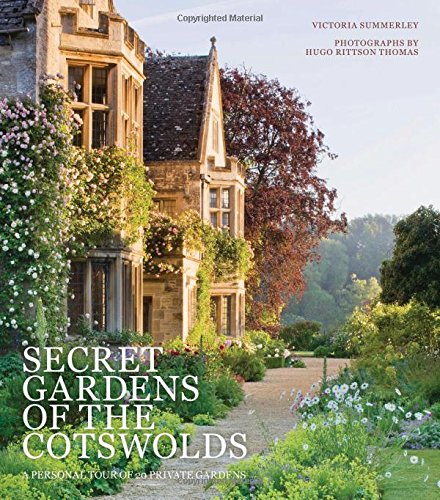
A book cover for Secret Gardens of the Cotswolds: A Personal Tour of 20 Private Gardens; Victoria Summerley; Crafts, Hobbies & Home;